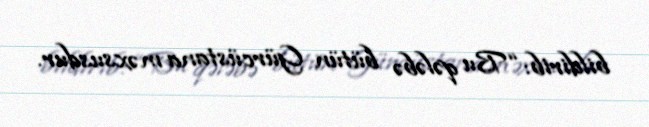
bildirib: “Bu qələbə bütün Gürcüstana məxsusdur.